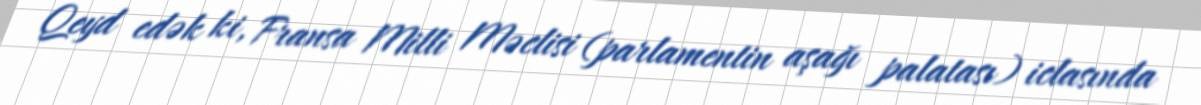
Qeyd edək ki, Fransa Milli Məclisi (parlamentin aşağı palatası) iclasında